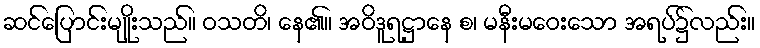
ဆင်ပြောင်းမျိုးသည်။ ဝသတိ၊ နေ၏။ အဝိဒူရဋ္ဌာနေ စ၊ မနီးမဝေးသော အရပ်၌လည်း။